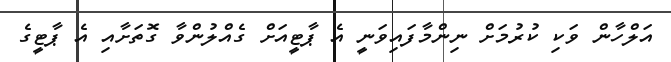
އަލްހާން ވަކި ކުރުމަށް ނިންމާފައިވަނީ އެ ޕާޓީއަށް ގެއްލުންވާ ގޮތަށާއި އެ ޕާޓީގެ